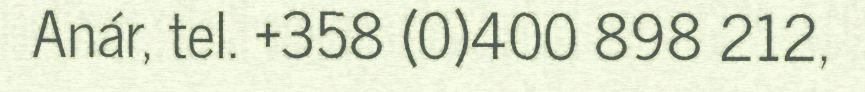
Anár, tel. +358 (0)400 898 212,